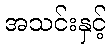
အသင်းနှင့်